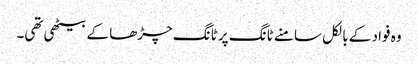
وہ فواد کے بالکل سامنے ٹانگ پر ٹانگ چڑھا کے بیٹھی تھی۔